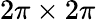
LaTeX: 2\pi\times 2\pi